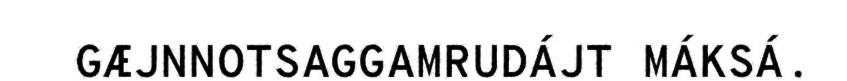
GÆJNNOTSAGGAMRUDÁJT MÁKSÁ.